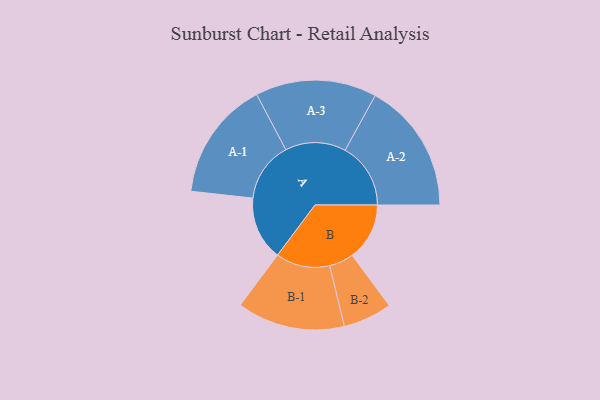
{"axis": {"x": "Segment", "y": "Value"}, "legend": ["", "A", "B"], "data": [{"x": "A", "y": 287, "type": ""}, {"x": "B", "y": 258, "type": ""}, {"x": "A-1", "y": 269, "type": "A"}, {"x": "A-2", "y": 295, "type": "A"}, {"x": "A-3", "y": 273, "type": "A"}, {"x": "B-1", "y": 243, "type": "B"}, {"x": "B-2", "y": 110, "type": "B"}]}